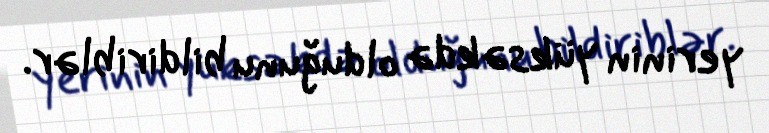
yerinin yüksəkdə olduğunu bildiriblər.